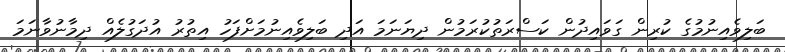
ބަލިވެއިނުމުގެ ކުރިން ގަވައިދުން ކަސްރަތުކުރަމުން ދިޔަނަމަ އަދި ބަލިވެއިނުމަށްފަހު އިތުރު އުދަގުލެއް ދިމާނުވާނަމަ